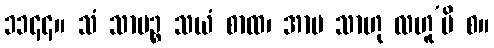
၁၁၄၄။ သံ သာမဉ္စ သယံ စာထ၊ အာမ သာဟု လဟူ’ပိ စ။